Leningradi_Edasi_toimetus, lk 8
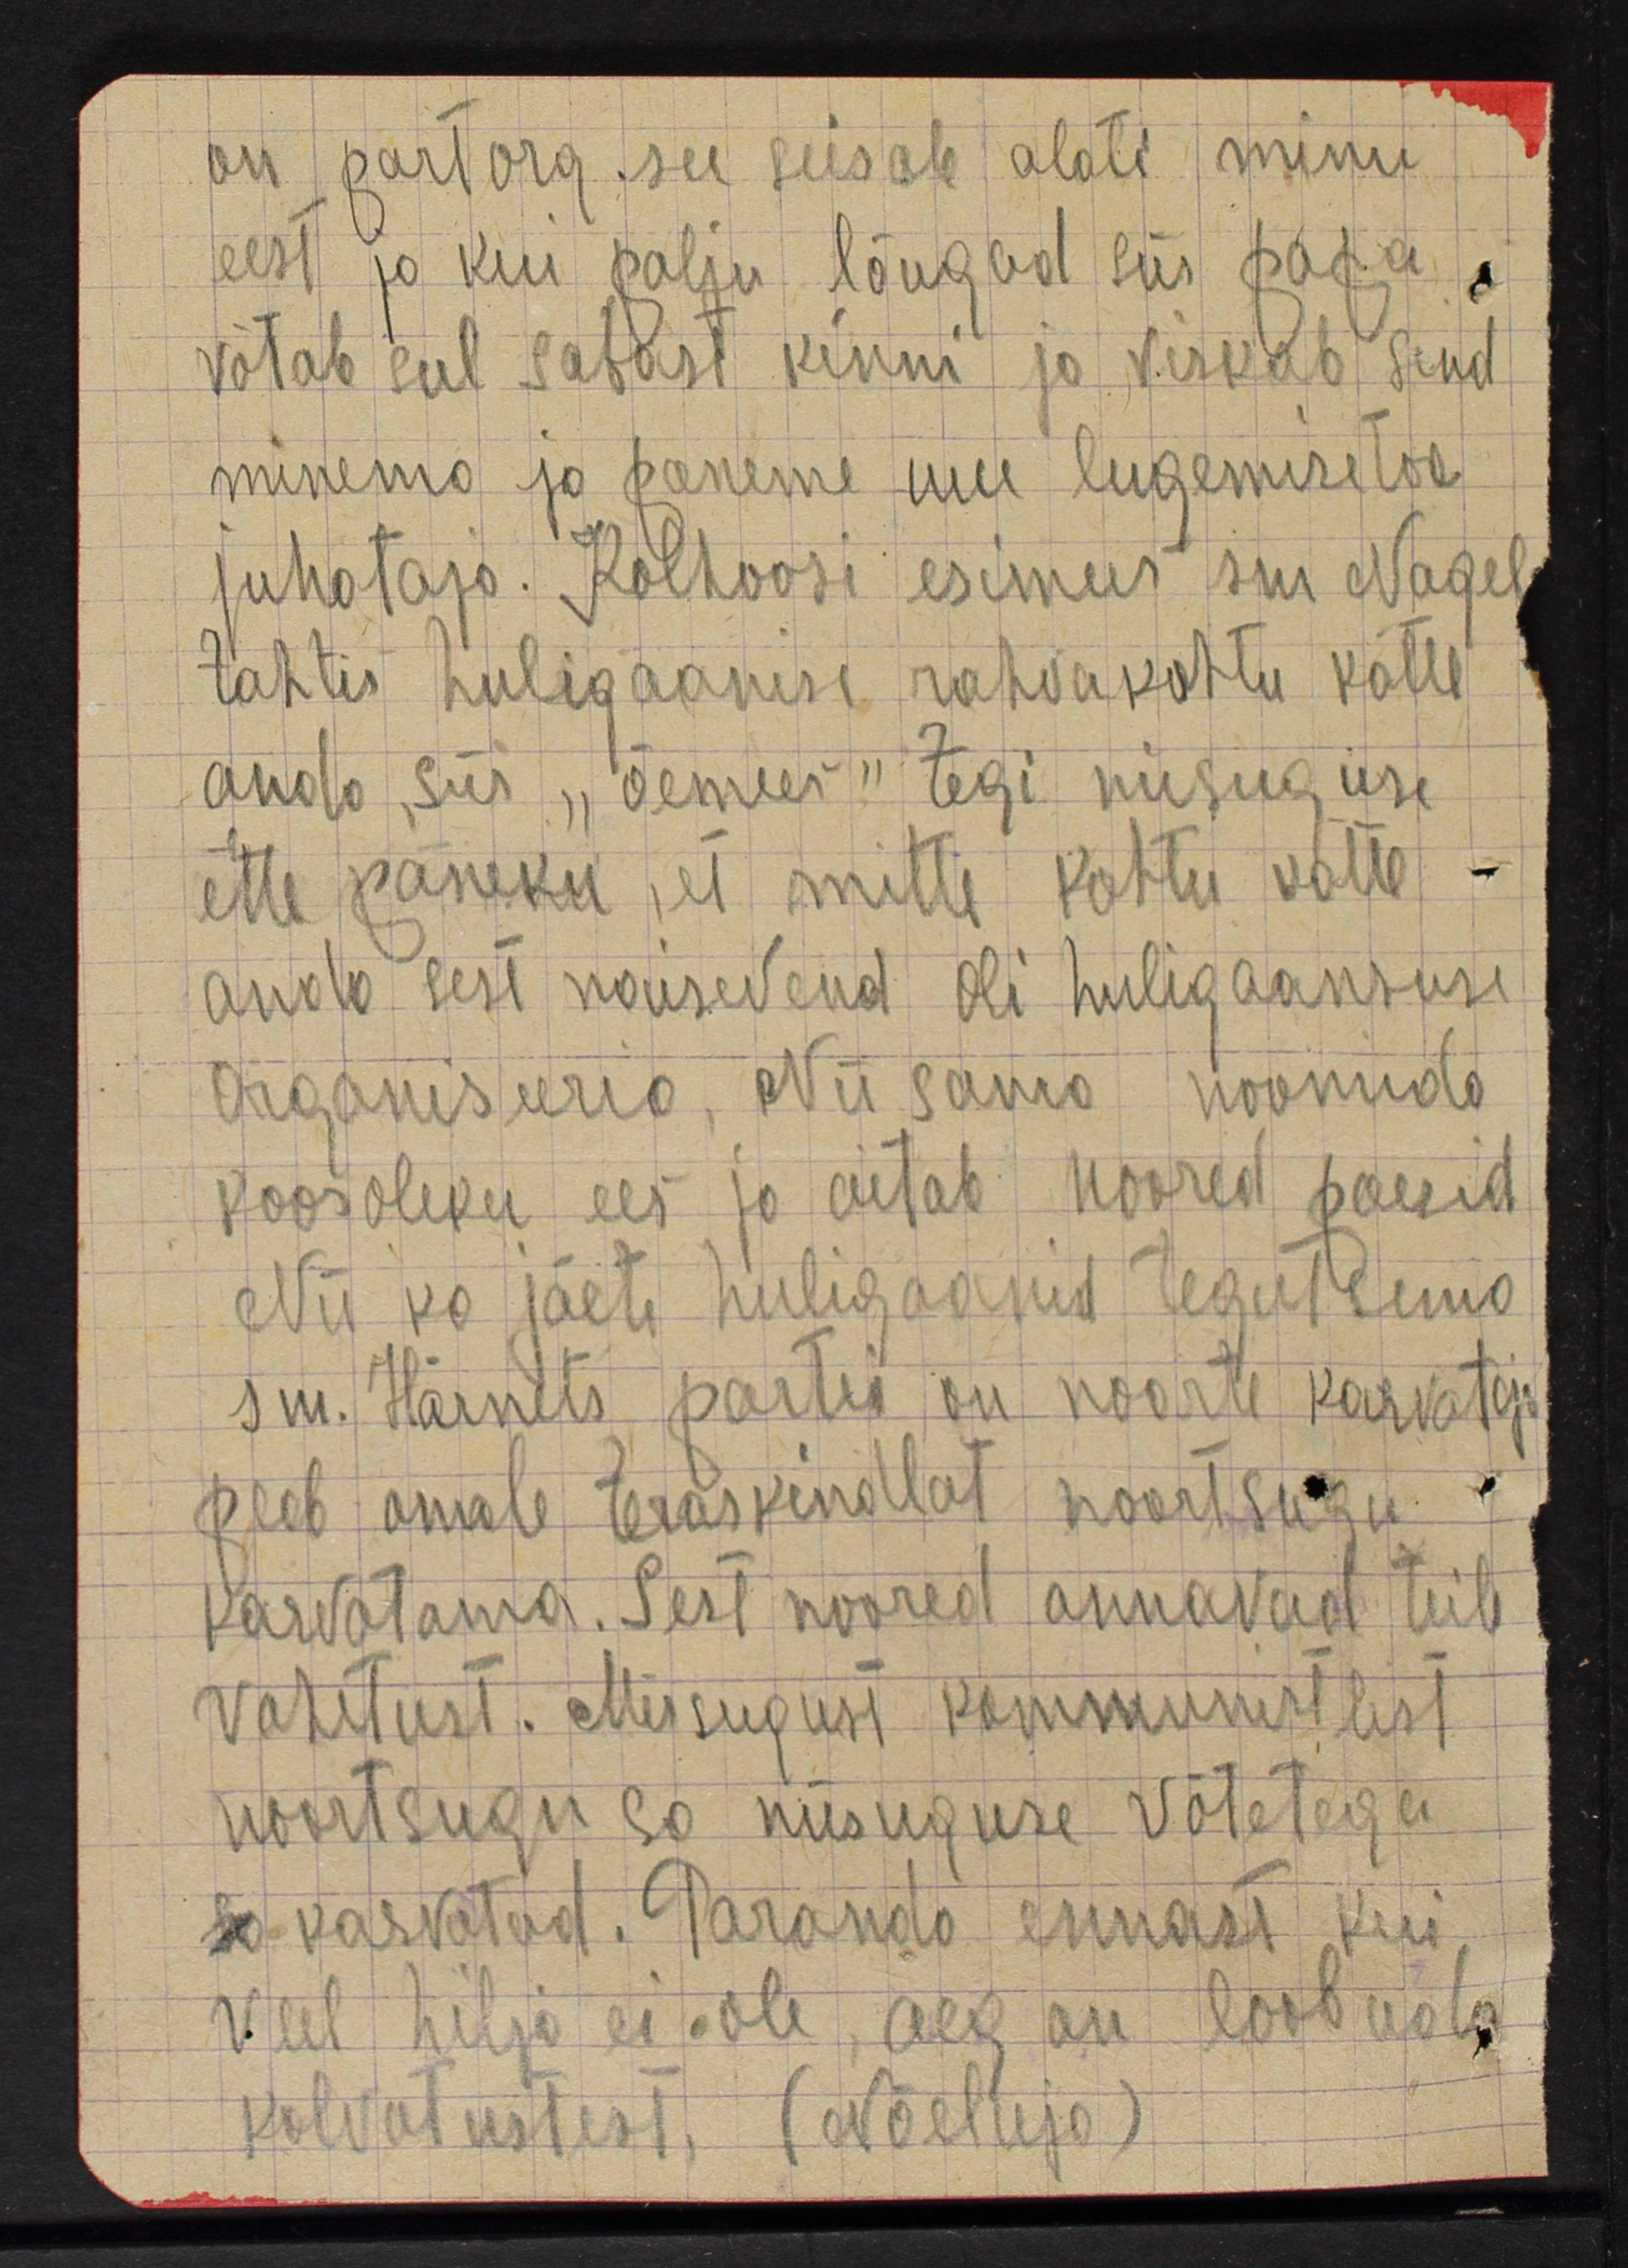
on partorg see seisab alati minu
eest ja kui palju lõugad siis papa
võtab sul sabast kinni ja viskab sind
minema ja paneme uue lugemisetoa
juhataja. Kolhoosi esimees sm Nagel
tahtis huligaanisi rahvakohtu kätte
anda, siis "õemees" tegi niisuguse
ette paneku, et mitte kohtu kätte
anda sest naisevend oli huligaansuse
organiseeria. Niisama noomida
koosoleku ees ja aitab noored poesid
Nii ka jäeti huligaanid tegutsema
sm. Härnets partei on noorte kasvataja
peab omale teraskindlat noortsugu
kasvatama. Sest noored annavad teile
vahetust. Missugust kommunistlist
noortsugu sa niisuguse võtetega
kasvatad. Paranda ennast kui
veel hilja ei ole, aeg on loobuda
kolvatustest, (Nõeluja)